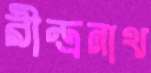
রীন্দ্রনাথ